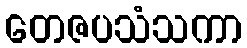
တေဇပသံသကာ